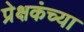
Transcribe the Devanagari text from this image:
प्रेक्षकंच्या